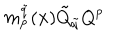
m _ { p } ^ { \tilde { q } } ( { \bf x } ) \tilde { Q } _ { \tilde { q } } Q ^ { p }